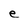
Character: e